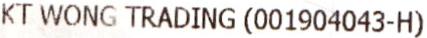
KT WONG TRADING (001904043-H)